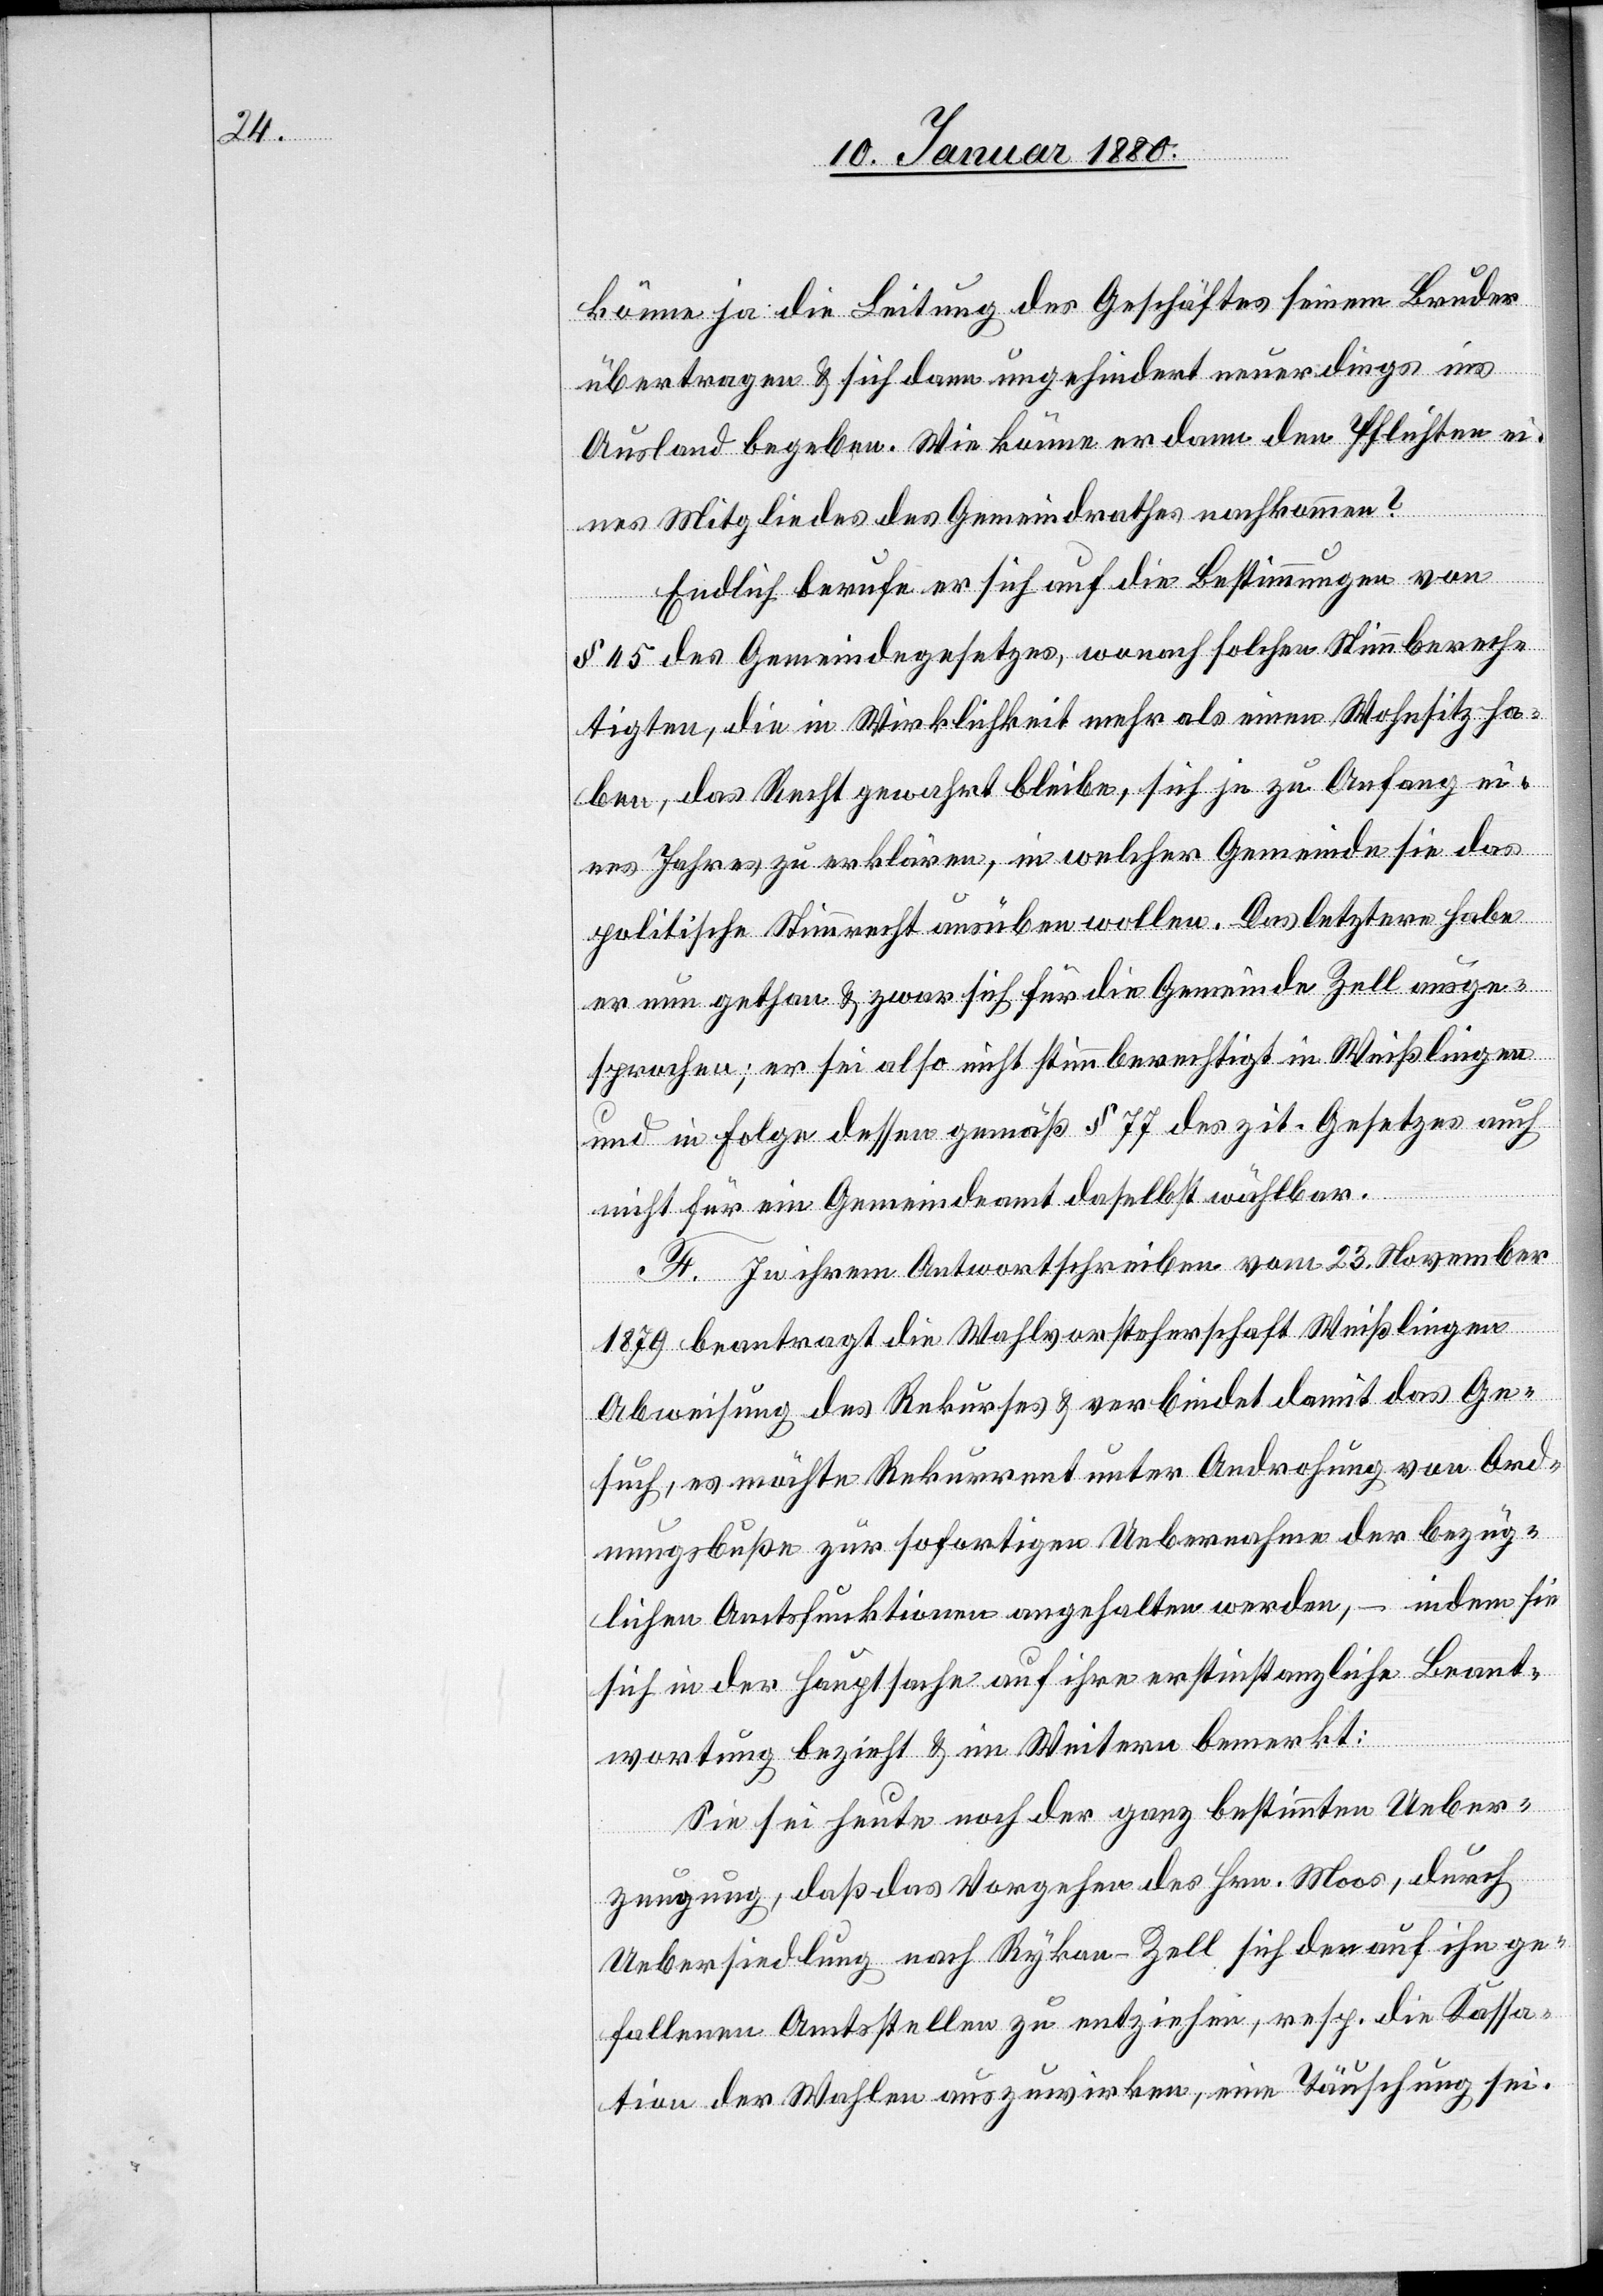
könne ja die Leitung des Geschäftes seinem Bruder
übertragen & sich dann ungehindert neuerdings ins
Ausland begeben. Wie könne er dann den Pflichten ei¬
nes Mitgliedes des Gemeindrathes nachkommen?
Endlich berufe er sich auf die Bestimmungen von
§ 45 des Gemeindegesetzes, wonach solchen Stimmberech¬
tigten, die in Wirklichkeit mehr als einen Wohnsitz ha¬
ben, das Recht gewahrt bleibe, sich je zu Anfang ei¬
nes Jahres zu erklären, in welcher Gemeinde sie das
politische Stimmrecht ausüben wollen. Das letztere habe
er nun gethan & zwar sich für die Gemeinde Zell ausge¬
sprochen; er sei also nicht stummberechtigt in Weißlingen
und in Folge dessen gemäß § 77 des zit. Gesetzes auch
nicht für ein Gemeindeamt daselbst wählbar.
F. In ihrem Antwortschreiben vom 23. November
1879 beantragt die Wahlvorsteherschaft Weißlingen
Abweisung des Rekurses & verbindet damit das Ge¬
such, es möchte Rekurrent unter Androhung von Ord¬
nungsbuße zur sofortigen Uebernahme der bezüg¬
lichen Amtsfunktionen angehalten werden, – indem sie
sich in der Hauptsache auf ihre erstinstanzliche Beant¬
wortung bezieht & im Weitern bemerkt:
Sie sei heute noch der ganz bestimmten Ueber¬
zeugung, daß das Vorgehen des Hrn. Moos, durch
Uebersiedlung nach Rykon Zell sich der auf ihn ge¬
fallenen Amtsstellen zu entziehen, resp. die Kassa¬
tion der Wahlen auszuwirken, eine Täuschung sei.